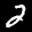
Label: 2